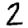
Digit: 2